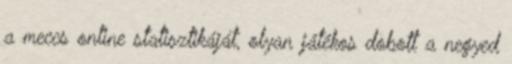
a meccs online statisztikáját, olyan játékos dobott a negyed